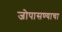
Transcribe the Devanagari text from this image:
जोपासण्याचा